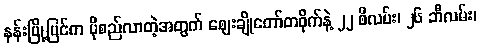
နန်းမြို့ပြင်က ပိုစည်လာတဲ့အတွက် ဈေးချိုတော်တဝိုက်နဲ့ ၂၂ စီလမ်း၊ ၂၆ ဘီလမ်း၊